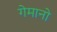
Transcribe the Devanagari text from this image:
गेमानो